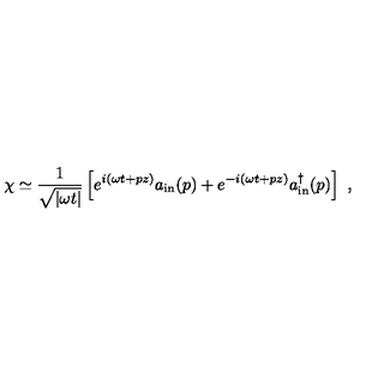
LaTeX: \chi \simeq \frac { 1 } { \sqrt { | \omega t | } } \left[ e ^ { i ( \omega t + p z ) } a _ { \mathrm { i n } } ( p ) + e ^ { - i ( \omega t + p z ) } a _ { \mathrm { i n } } ^ { \dagger } ( p ) \right] \ ,